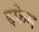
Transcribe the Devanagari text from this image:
इफेम